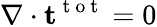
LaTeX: \mathbf{\nabla}\cdot\mathbf{t}^{\mathrm{~t~o~t~}}=0